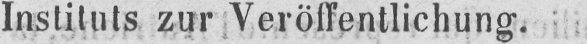
Instituts zur Veröffentlichung.